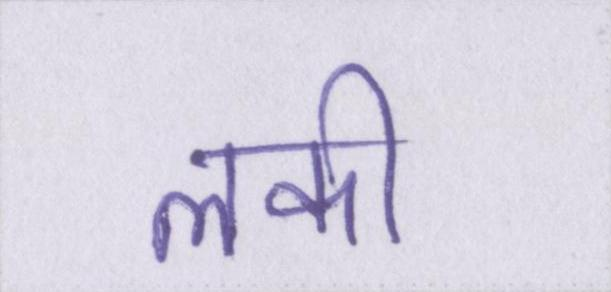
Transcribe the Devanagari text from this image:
लकी